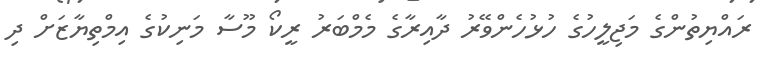
ރައްޔިތުންގެ މަޖިލީހުގެ ހުޅުހެންވޭރު ދާއިރާގެ މެމްބަރު ރީކޯ މޫސާ މަނިކުގެ އިމްތިޔާޒަށް ދި